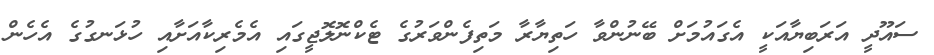
ސައޫދީ އަރަބިޔާއަކީ އެގައުމަށް ބޭނުންވާ ހަތިޔާރާ މަތިފެންވަރުގެ ޓެކްނޮލޮޖީގައި އެމެރިކާއަށާއި ހުޅަނގުގެ އެހެން